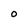
Character: O